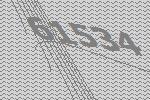
61534